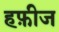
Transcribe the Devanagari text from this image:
हफ़ीज